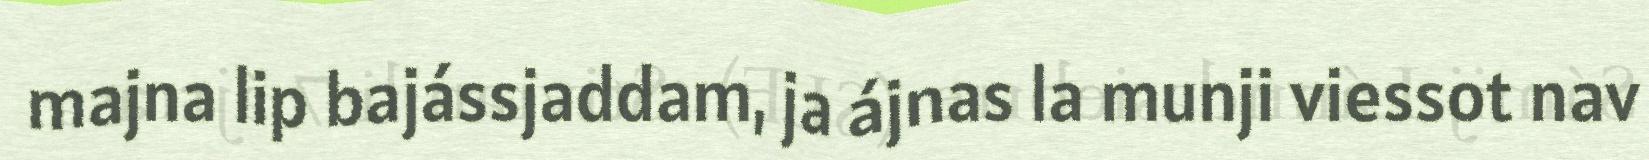
majna lip bajássjaddam, ja ájnas la munji viessot nav